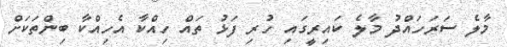
މާލެ ސަރަހައްދު މާލެ ކައިރީގައި ހުރި ފަޅު ތައް ހިއްކާ އެހިއްކާ ބިންތަކަށް